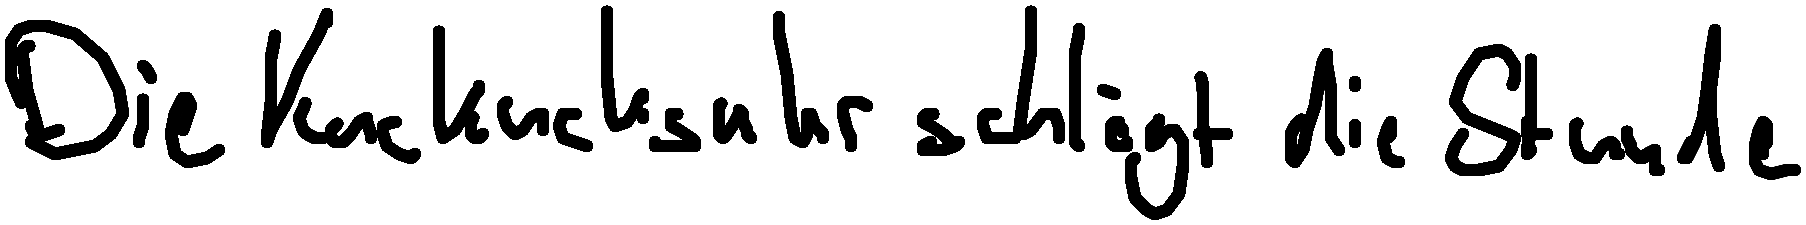
Die Kuckucksuhr schlägt die Stunde.